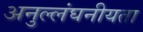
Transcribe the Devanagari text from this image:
अनुल्लंघनीयता